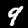
Digit: 9